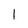
Character: l